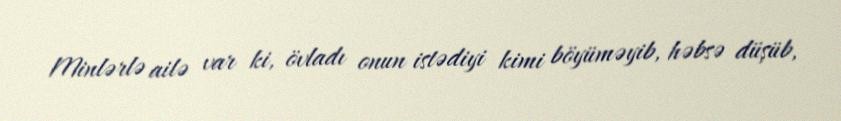
Minlərlə ailə var ki, övladı onun istədiyi kimi böyüməyib, həbsə düşüb,